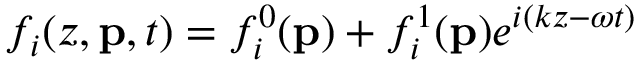
f _ { i } ( z , \mathbf { p } , t ) = f _ { i } ^ { 0 } ( \mathbf { p } ) + f _ { i } ^ { 1 } ( \mathbf { p } ) e ^ { i ( k z - \omega t ) }